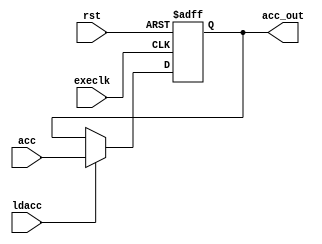
// Code your design here
module accumulator(
    input wire execlk,    // Clock input
    input wire ldacc,     // Load signal
    input wire rst,       // Reset signal
    input wire [31:0] acc,  // Input data
    output reg [31:0] acc_out  // Output data
);

always @(posedge execlk or posedge rst) begin
    if (rst) begin
        // Synchronous reset to zero
        acc_out <= 32'b0;
    end else if (ldacc) begin
        // Load the input into the accumulator when load signal is high
        acc_out <= acc;
    end
    // Else, retain the current value, effectively making this a register
end

endmodule